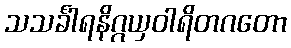
သသင်္ခါရနိဂ္ဂယှဝါရိတဂတော